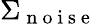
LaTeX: \Sigma_{\mathrm{~n~o~i~s~e~}}